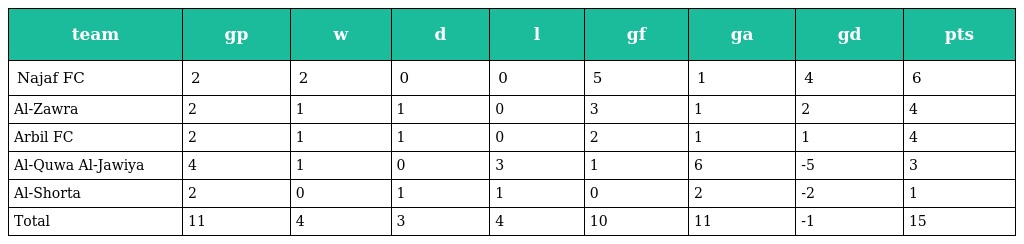
| team | gp | w | d | l | gf | ga | gd | pts |
 | --- | --- | --- | --- | --- | --- | --- | --- | --- |
 | Najaf FC | 2 | 2 | 0 | 0 | 5 | 1 | 4 | 6 |
 | Al-Zawra | 2 | 1 | 1 | 0 | 3 | 1 | 2 | 4 |
 | Arbil FC | 2 | 1 | 1 | 0 | 2 | 1 | 1 | 4 |
 | Al-Quwa Al-Jawiya | 4 | 1 | 0 | 3 | 1 | 6 | -5 | 3 |
 | Al-Shorta | 2 | 0 | 1 | 1 | 0 | 2 | -2 | 1 |
 | Total | 11 | 4 | 3 | 4 | 10 | 11 | -1 | 15 |